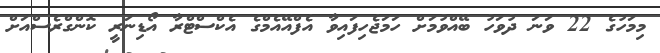
މިމަހުގެ 22 ވަނަ ދުވަހު ބޭއްވުމަށް ހަމަޖެހިފައިވާ އެފްއޭއެމްގެ އެކްސްޓްރާ އޯޑިނަރީ ކޮންގްރެސްއަށް